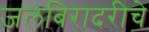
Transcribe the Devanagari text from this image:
जलबिरादरीचे